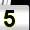
Digit: 5